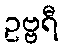
ဥဗ္ဗရီ